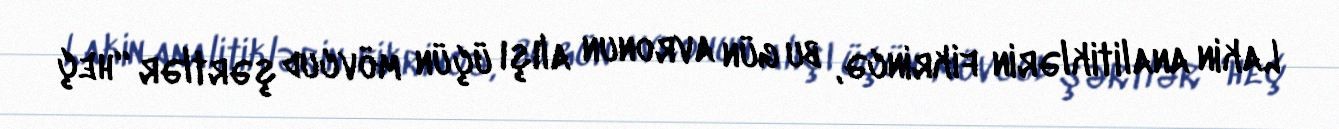
Lakin analitiklərin fikrincə, bu gün avronun alışı üçün mövcud şərtlər “heç